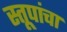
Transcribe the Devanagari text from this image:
स्तूपांचा